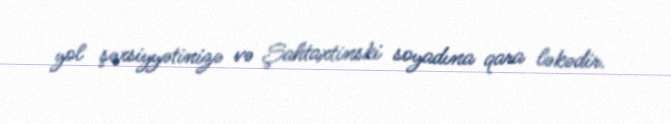
yol şəxsiyyətinizə və Şahtaxtinski soyadına qara ləkədir.